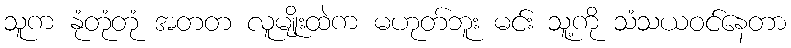
သူက နုံတုံတုံ အတတ လူမျိုးထဲက မဟုတ်ဘူး မင်း သူ့ကို သံသယဝင်နေတာ